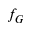
f _ { G }